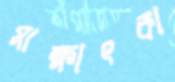
সাক্ষাৎকা